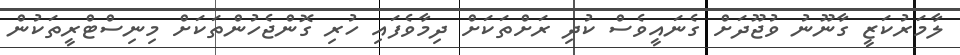
ލާމަރުކަޒީ ގާނޫނު ވުޖޫދަށް ގެނައީވެސް ކުދި ރަށްތަކަށް ދިމާވެފައި ހުރި ގޮންޖެހުންތަކަށް މިނިސްޓްރީތަކުން